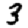
Digit: 3